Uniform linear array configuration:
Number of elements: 64
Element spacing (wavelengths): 1
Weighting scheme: hann
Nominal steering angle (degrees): -15
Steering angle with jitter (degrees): -15.747
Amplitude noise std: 0.05
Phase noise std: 0.05

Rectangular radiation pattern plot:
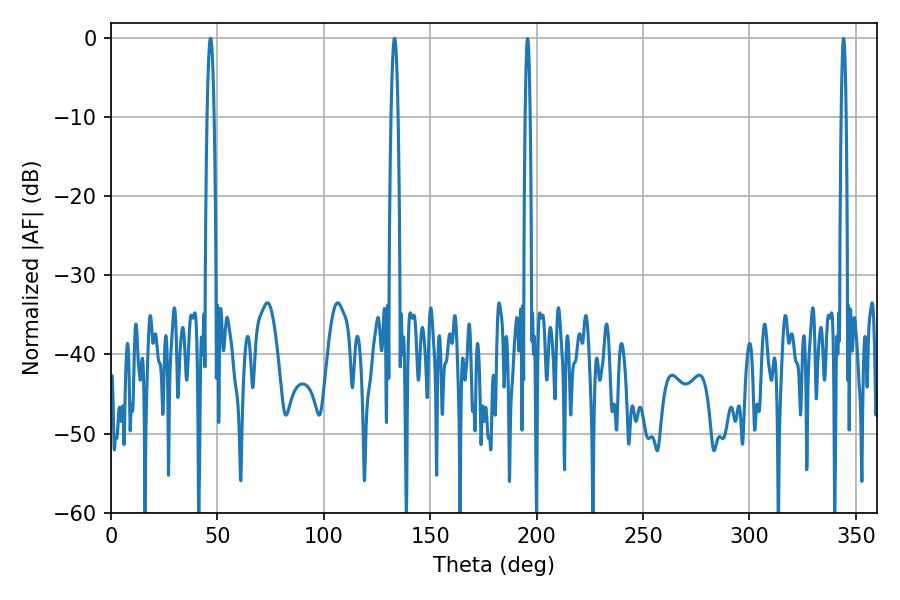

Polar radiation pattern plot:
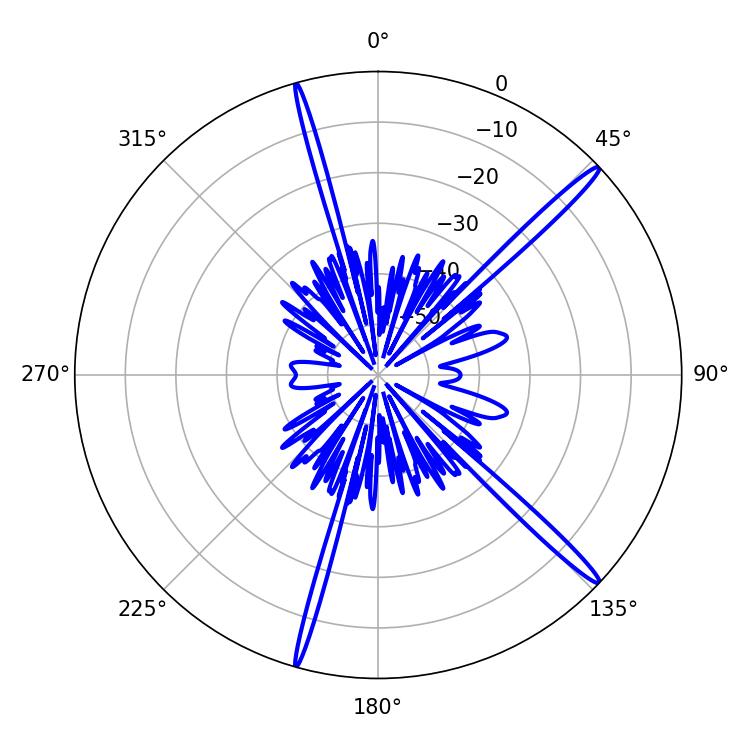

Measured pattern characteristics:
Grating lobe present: TRUE
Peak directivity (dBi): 17.264
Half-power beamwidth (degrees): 1.8
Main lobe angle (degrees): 46.8